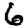
Digit: 6